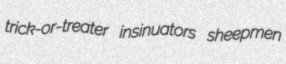
trick-or-treater insinuators sheepmen